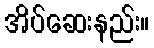
အိပ်ဆေးနည်း။